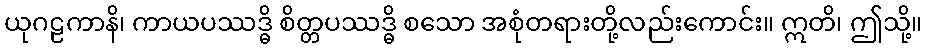
ယုဂဠကာနိ၊ ကာယပဿဒ္ဓိ စိတ္တပဿဒ္ဓိ စသော အစုံတရားတို့လည်းကောင်း။ ဣတိ၊ ဤသို့။